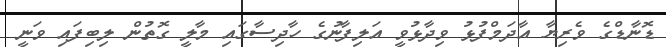
ޑޮނާޑްގެ ވެރިޔާ އާދަމްފުޅު ވިދާޅުވީ އަލިފާނުގެ ހާދިސާގައި މާލީ ގޮތުން ލިބިފައި ވަނީ